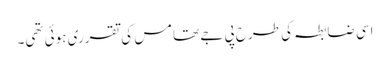
اسی ضابطہ کی طرح پی جے تھامس کی تقرری ہوئی تھی۔